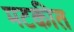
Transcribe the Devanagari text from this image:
मटकीत